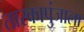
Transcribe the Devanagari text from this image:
तारकापुंजाला